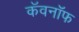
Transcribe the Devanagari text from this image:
कॅवनॉफ